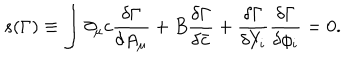
LaTeX: s ( \Gamma ) \equiv \int \partial _ { \mu } c \frac { \delta \Gamma } { \delta A _ { \mu } } + B \frac { \delta \Gamma } { \delta \bar { c } } + \frac { \delta \Gamma } { \delta Y _ { i } } \frac { \delta \Gamma } { \delta \phi _ { i } } = 0 .